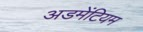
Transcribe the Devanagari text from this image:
अडमेंटियम